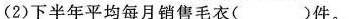
(2)下半年平均每月销售毛衣( )件。